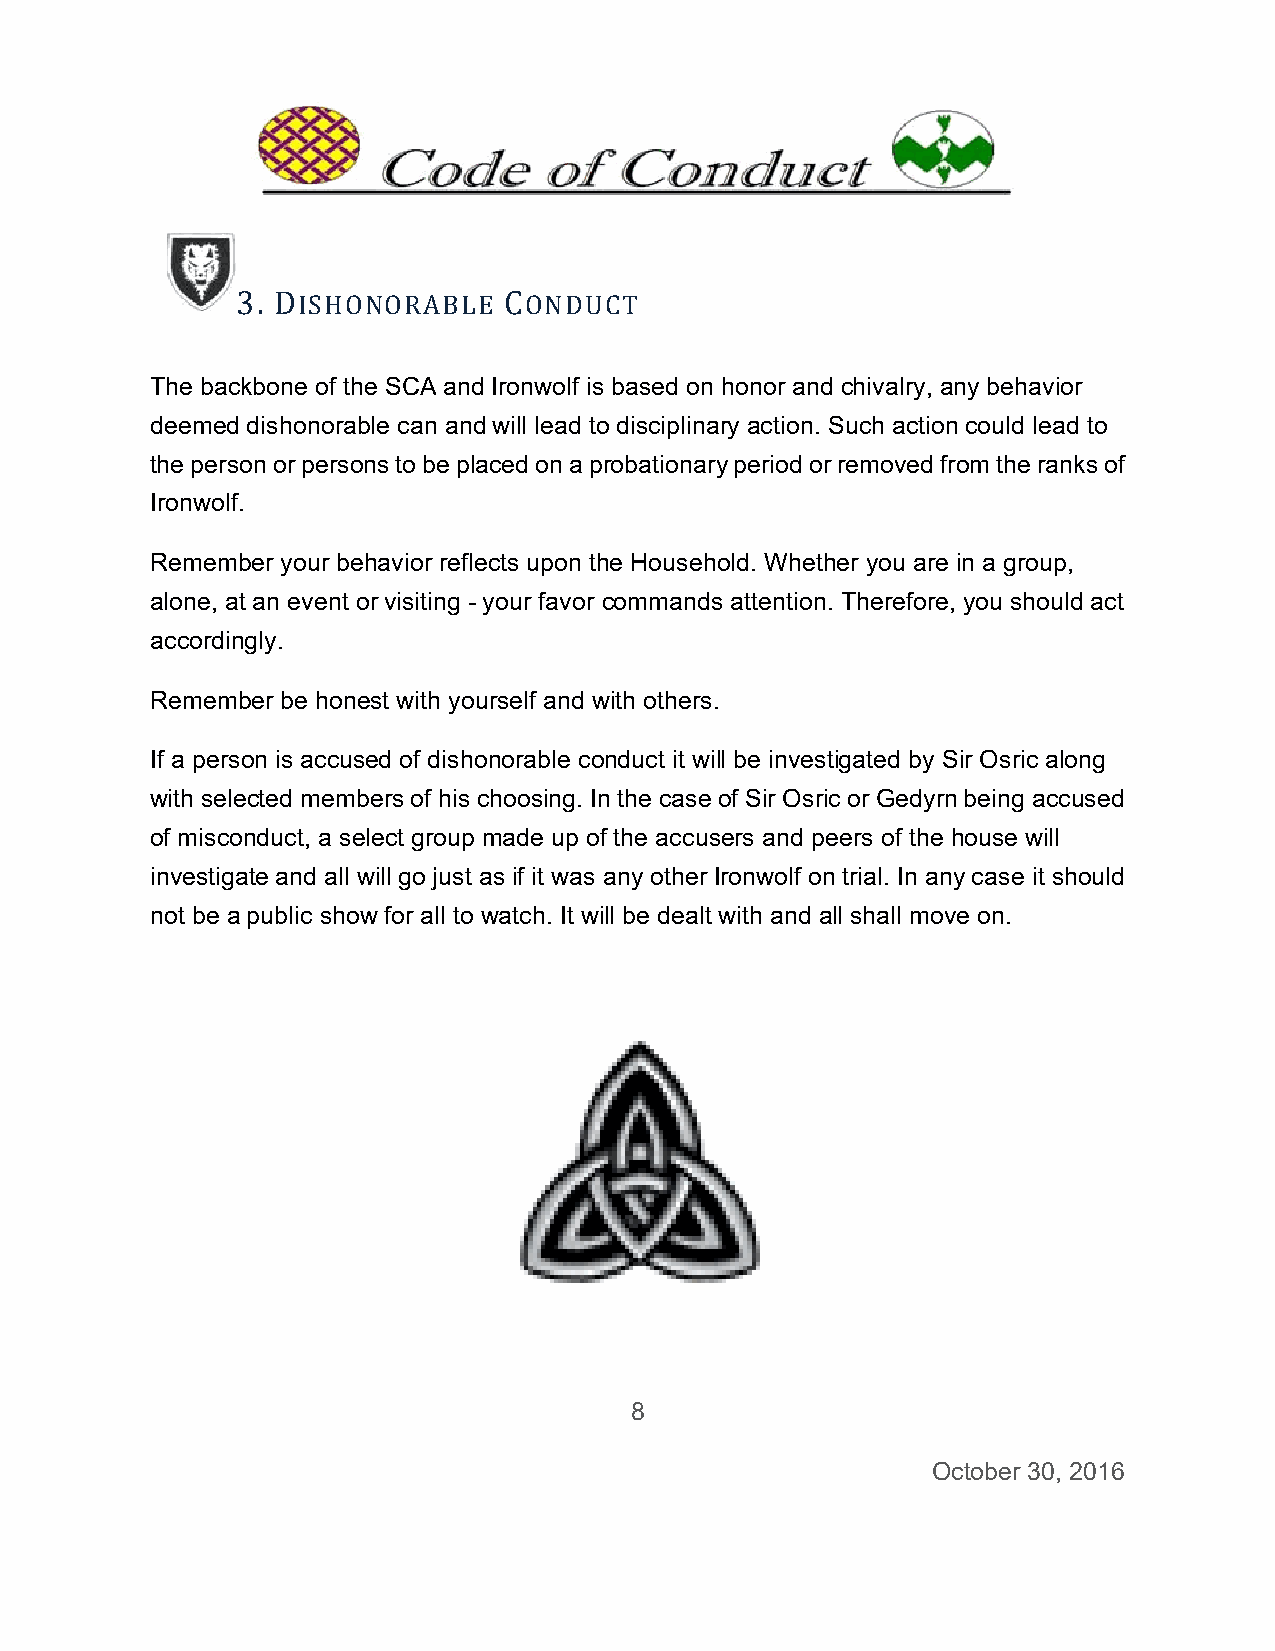
3. DISHOONORABLE CONDUUCT
 The bacckbone of thhe SCA andd Ironwolf iss based on honor and chivalry, any behavioor
 deemedd dishonorable can andd will lead tto disciplinaary action. SSuch actionn could leadd to
 the persson or persoons to be plaaced on a pprobationarry period orremoved frrom the ranks of
 Ironwolff.
 Remember your beehavior refleects upon tthe Househhold. Whethher you are in a group,
 alone, at an event oor visiting - your favor commandss attention. Therefore,, you shouldd act
 accordinngly.
 Remember be honest with yourself and wwith others.
 If a persson is accussed of dishoonorable coonduct it will be investigated by SSir Osric aloong
 with seleected members of his choosing. In the case of Sir Osricc or Gedyrnn being accused
 of miscoonduct, a seelect group made up oof the accussers and peeers of the hhouse will
 investigaate and all wwill go just as if it was any other Ironwolf onn trial. In any case it shhould
 not be aa public shoow for all to watch. It wwill be dealt with and all shall movve on.
 8
 Occtober 30, 22016